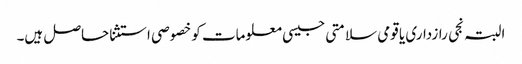
البتہ نجی رازداری یا قومی سلامتی جیسی معلومات کو خصوصی استثنا حاصل ہیں۔